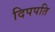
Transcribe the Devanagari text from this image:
दिपपति